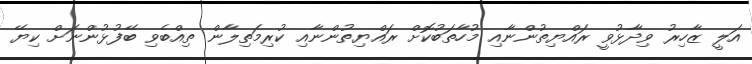
އަލީ ޒާހިރު ވިދާޅުވީ ރައްޔިތުންނާއި މުހާތަބުކޮށް ރައްޔިތުންނާއި ކުރިމަތިލާން ތިއްބެވި ބޭފުޅުންނަށް ކިޔޭ